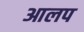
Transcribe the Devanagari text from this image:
आलप